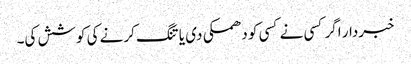
خبردار اگر کسی نے کسی کو دھمکی دی یا تنگ کرنے کی کوشش کی۔